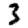
Digit: 3